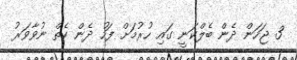
3 ޖަހަން ދެން ބެލްކަނީ ގައި ހުރުމަށް ފަހު ދެން ކެތް ނުވާވަރު